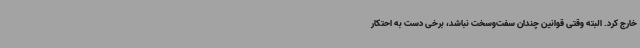
خارج کرد. البته وقتی قوانین چندان سفت‌و‌سخت نباشد، برخی دست به احتکار